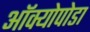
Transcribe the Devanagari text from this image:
ऑक्योपोडा